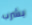
بشرب